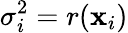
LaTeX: \sigma_{i}^{2}=r(\mathbf{x}_{i})